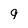
Character: 9